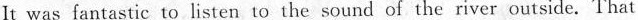
It was fantastic to listen to the sound of the river outside.That